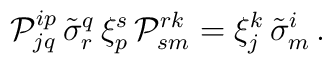
{\cal P}_{jq}^{ip}\,\tilde{\sigma}^q_r\,\xi ^s_p\,{\cal P}_{sm}^{rk}=\xi ^k_j\,\tilde{\sigma}^i_m\,.